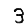
Digit: 3